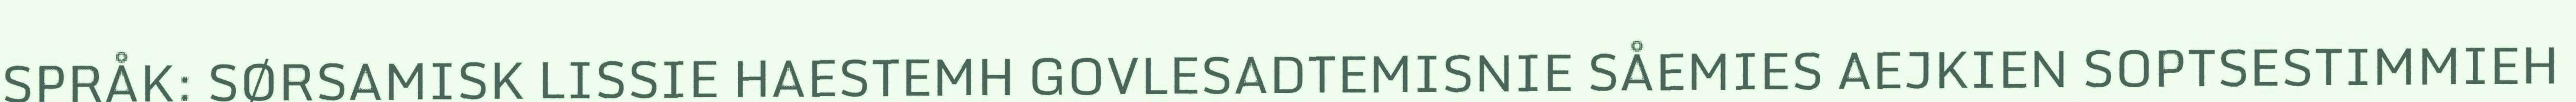
SPRÅK: SØRSAMISK LISSIE HAESTEMH GOVLESADTEMISNIE SÅEMIES AEJKIEN SOPTSESTIMMIEH